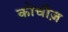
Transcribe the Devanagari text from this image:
कोचीज़